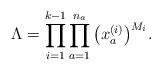
\begin{gather*}\Lambda= \prod_{i=1}^{k-1} \prod_{a=1}^{n_a} \big(x^{(i)}_a \big)^{M_i}.\end{gather*}